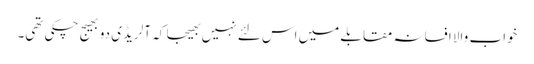
خواب والا افسانہ مقابلے میں اس لئے نہیں بھیجا کہ آلریڈی دو بھیج چکی تھی۔